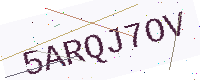
Text: 5ARQJ7OV